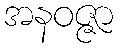
အနဝဇ္ဇာ